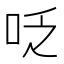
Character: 𠰏